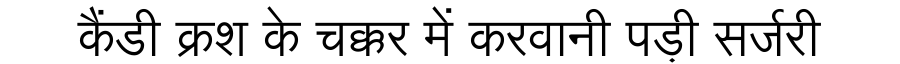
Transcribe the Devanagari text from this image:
कैंडी क्रश के चक्कर में करवानी पड़ी सर्जरी